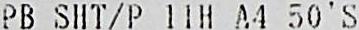
PB SHT/P 11H A4 50'S